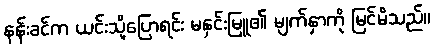
နန်းခင်က ယင်းသို့ပြောရင်း မနှင်းမြူ၏ မျက်နှာကို မြင်မိသည်။